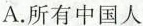
A.所有中国人